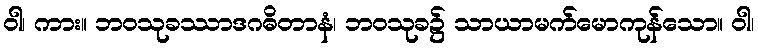
ဝါ၊ ကား။ ဘဝသုခဿာဒဂဓိတာနံ၊ ဘဝသုခ၌ သာယာမက်မောကုန်သော။ ဝါ၊